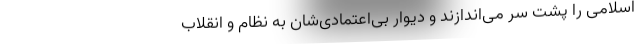
اسلامی را پشت سر می‌اندازند و دیوار بی‌اعتمادی‌شان به نظام و انقلاب